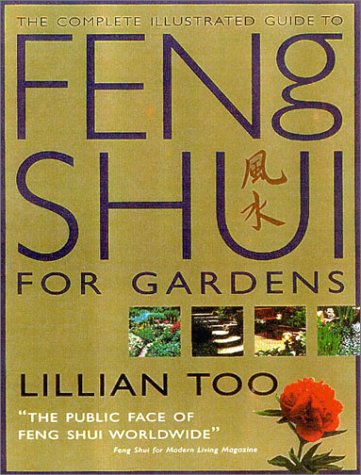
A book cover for Complete Illustrated Guide to Feng Shui for Gardeners; Lillian Too; Crafts, Hobbies & Home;